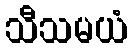
သီသမယံ